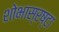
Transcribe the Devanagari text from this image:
शोभास्रष्टा